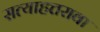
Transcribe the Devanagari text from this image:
सत्याहत्तरावा